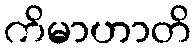
ကိမာဟာတိ